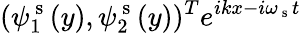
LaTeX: ({\psi}_{1}^{\mathrm{~s~}}(y),{\psi}_{2}^{\mathrm{~s~}}(y))^{T}e^{ikx-i\omega_{\mathrm{~s~}}t}